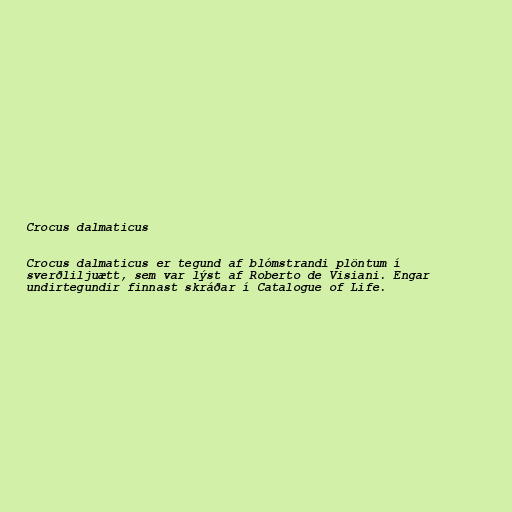
Crocus dalmaticus

Crocus dalmaticus er tegund af blómstrandi plöntum í
sverðliljuætt, sem var lýst af Roberto de Visiani. Engar
undirtegundir finnast skráðar í Catalogue of Life.